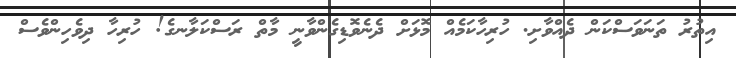
އިތުރު ތަނަވަސްކަން ދެއްވާށި. ހުރިހާކަމެއް މޮޅަށް ދެނެވޮޑިގެންވާނީ މާތް ރަސްކަލާނގެ! ހުރިހާ ދިވެހިންވެސް